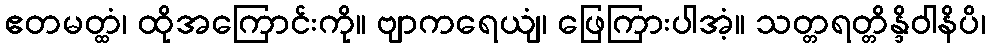
ဧတမတ္ထံ၊ ထိုအကြောင်းကို။ ဗျာကရေယျံ၊ ဖြေကြားပါအံ့။ သတ္တရတ္တိန္ဒိဝါနိပိ၊